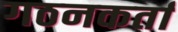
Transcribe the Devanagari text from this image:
गठनकर्ता